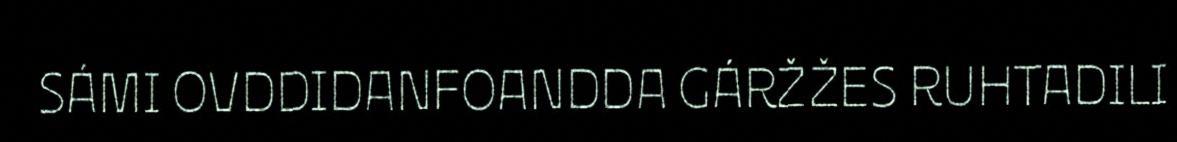
SÁMI OVDDIDANFOANDDA GÁRŽŽES RUHTADILI